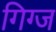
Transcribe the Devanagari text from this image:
गिग्ज